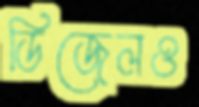
ডিজেলও